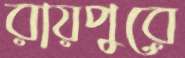
রায়পুরে